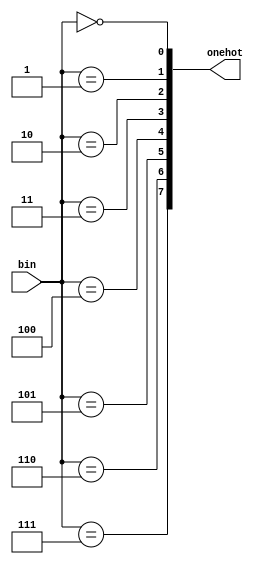
module binary_to_one_hot #(parameter SIZE_N = 3) 
(
    input [SIZE_N-1:0] bin,
    output [2**SIZE_N-1:0] onehot
);

    generate
        genvar i;
        for(i=0; i<2**SIZE_N; i=  i+1) begin: gen_onehot
            assign onehot[i] = (bin == i);
        end
    endgenerate

endmodule